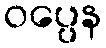
ဝပ္ပေန